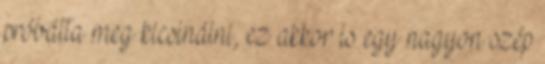
próbálta meg kicsinálni, ez akkor is egy nagyon szép